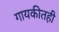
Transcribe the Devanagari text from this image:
गायकीतही